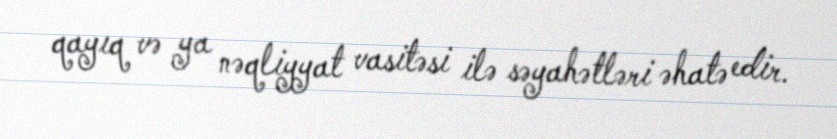
qayıq və ya nəqliyyat vasitəsi ilə səyahətləri əhatə edir.